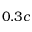
0 . 3 c